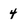
Character: 4